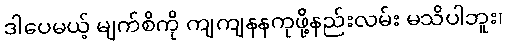
ဒါပေမယ့် မျက်စိကို ကျကျနနကုဖို့နည်းလမ်း မသိပါဘူး၊